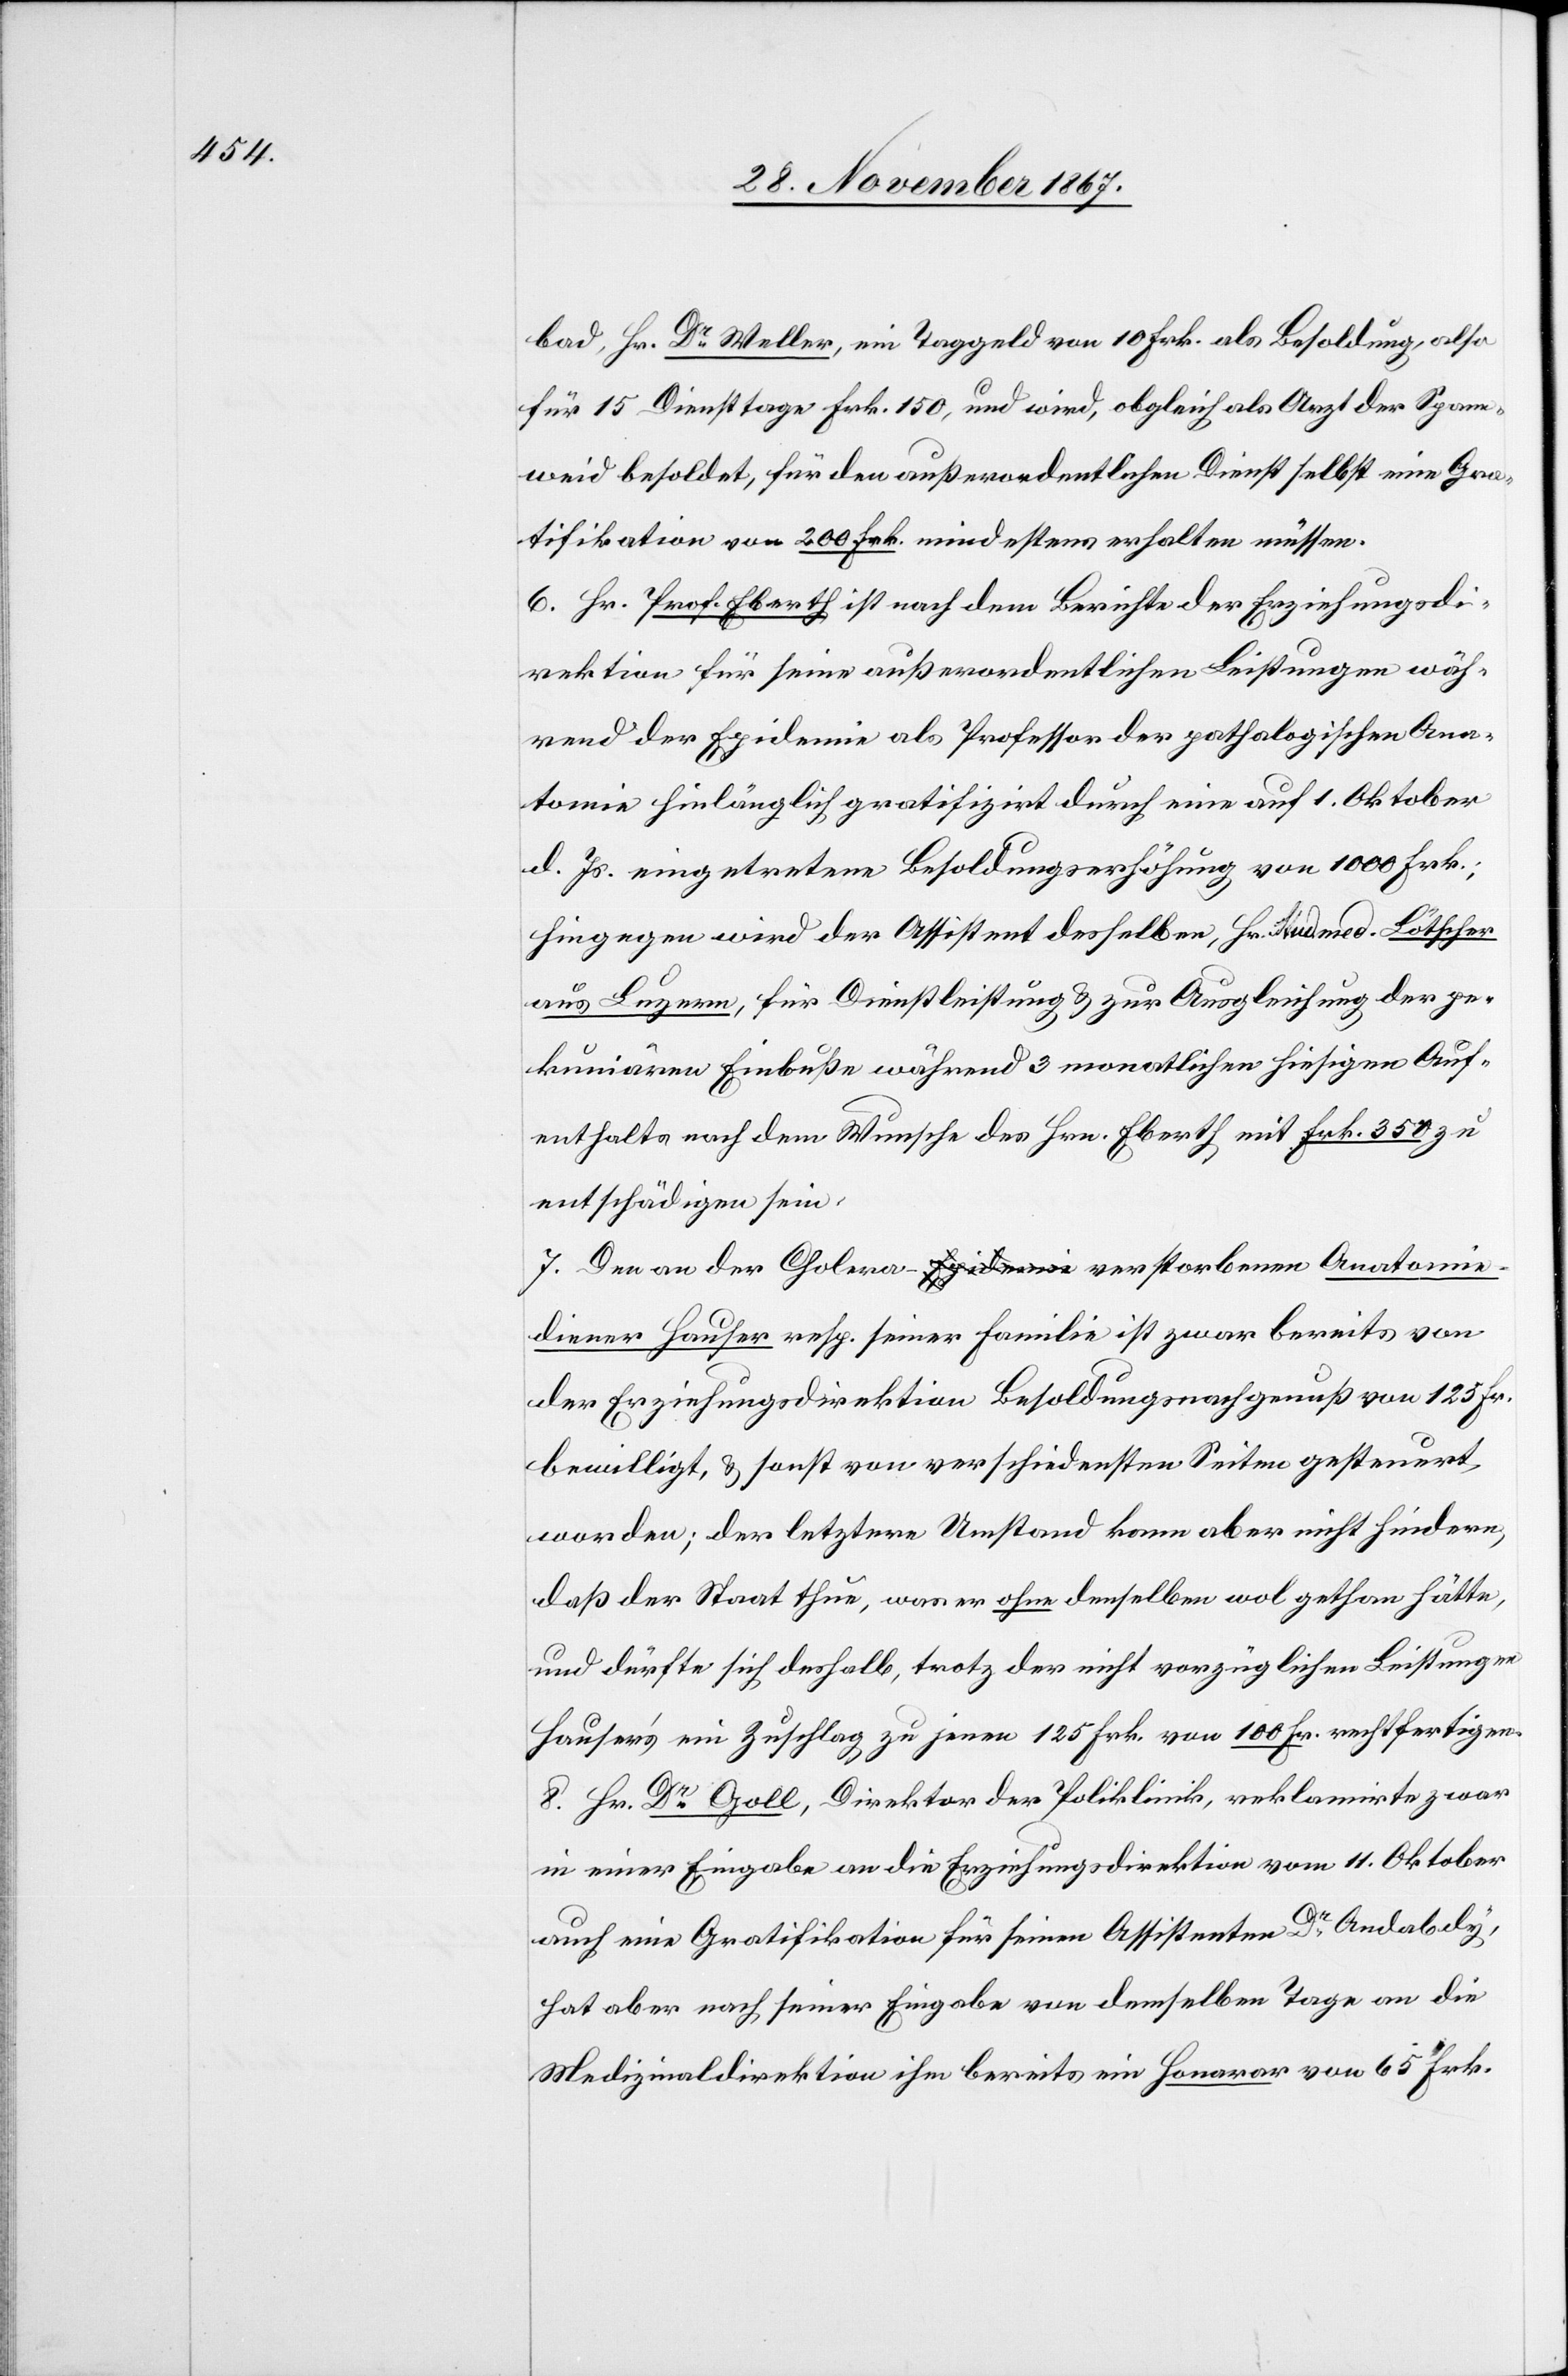
bad, Hr. Dr. Weller, ein Taggeld von 10 Frk. als Besoldung, also
für15 Diensttage Frk. 150, und wird, obgleich als Arzt der Spann¬
weid besoldet, für den außerordentlichen Dienst selbst eine Gra¬
tifikation von 200 Frk. mindestens erhalten müssen.
6. Hr. Prof. Eberth ist nach dem Berichte der Erziehungsdi¬
rektion für seine außerordentlichen Leistungen wäh¬
rend der Epidemie als Professor der pathologischen Ana¬
tomie hinlänglich gratifizirt durch eine auf 1. Oktober
d. Js. eingetretene Besoldungserhöhung von 1000 Frk.;
hingegen wird der Assistent desselben, Hr. stud. med. Lötscher
aus Luzern, für Dienstleistung u. zur Ausgleichung der pe¬
kuniären Einbuße während 3 monatlichen hiesigen Auf¬
enthalts nach dem Wunsche des Hrn. Eberth mit Frk. 350 zu
entschädigen sein.
7. Den an der Cholera verstorbenen Anatomie¬
diener Hauser resp. seiner Familie ist zwar bereits von
der Erziehungsdirektion Besoldungsnachgenuß von 125 Fr.
bewilligt, u. sonst von verschiedensten Seiten gesteuert
worden; der letztere Umstand kann aber nicht hindern,
daß der Staat thue, was er ohne denselben wol gethan hätte,
und dürfte sich deshalb,trotz der nicht vorzüglichen Leistungen
Hauser’s ein Zuschlag zu jenen 125 Frk. von 100 Fr. rechtfertigen.
8. Hr. Dr. Goll, Direktor der Poliklinik, reklamirte zwar
in einer Eingabe an die Erziehungsdirektion vom 11. Oktober
auch eine Gratifikation für seinen Assistenten Dr. Andabdy,
hat aber nach seiner Eingabe von demselben Tage an die
Medizinaldirektion ihm bereits ein Honorar von 65 Frk.